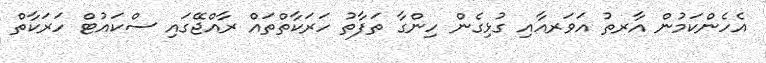
އެހެންކަމުން އާރތު އަވަރއާއި ގުޅިގެން ހިންގާ ތަފާތު ހަރަކާތްތައް ރާއްޖޭގައި ސްކައުޓް ހަރަކާތް